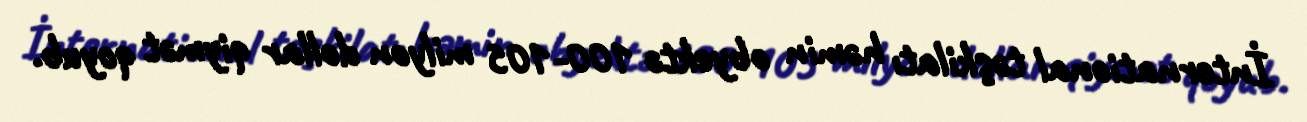
İnternational təşkilatı həmin obyektə 100-105 milyon dollar qiymət qoyub.